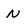
Character: n